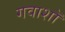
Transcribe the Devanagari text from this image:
गवाशॉ